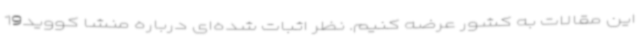
این مقالات به کشور عرضه کنیم. نظر اثبات شده‌ای درباره منشا کووید19